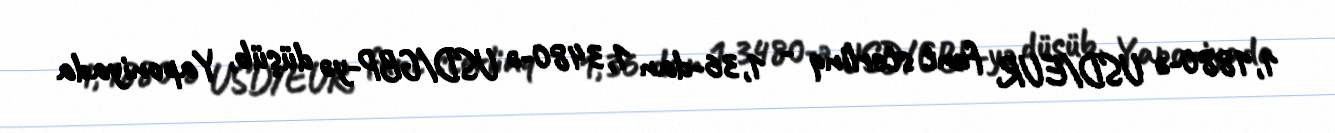
1,1880-ə USD/EUR, funt sterlinq - 1,36-dan 1,3480-ə USD/GBP-yə düşüb, Yaponiyada